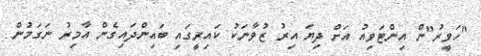
"ހަވީރު"ން އިންޓަވިއު އަށް ދިޔަ އިރު ޒުވާނަކު ކައިރީގައި ބައިންދައިގެން އާމިރު ނަގަމުން